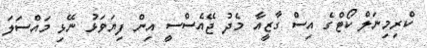
ކްރިމިނަލް ކޯޓްގެ އިސް ގާޒީއާ މެދު ޖޭއެސްސީ އިން ފިޔަވަޅު ނޭޅި މައްސަލަ